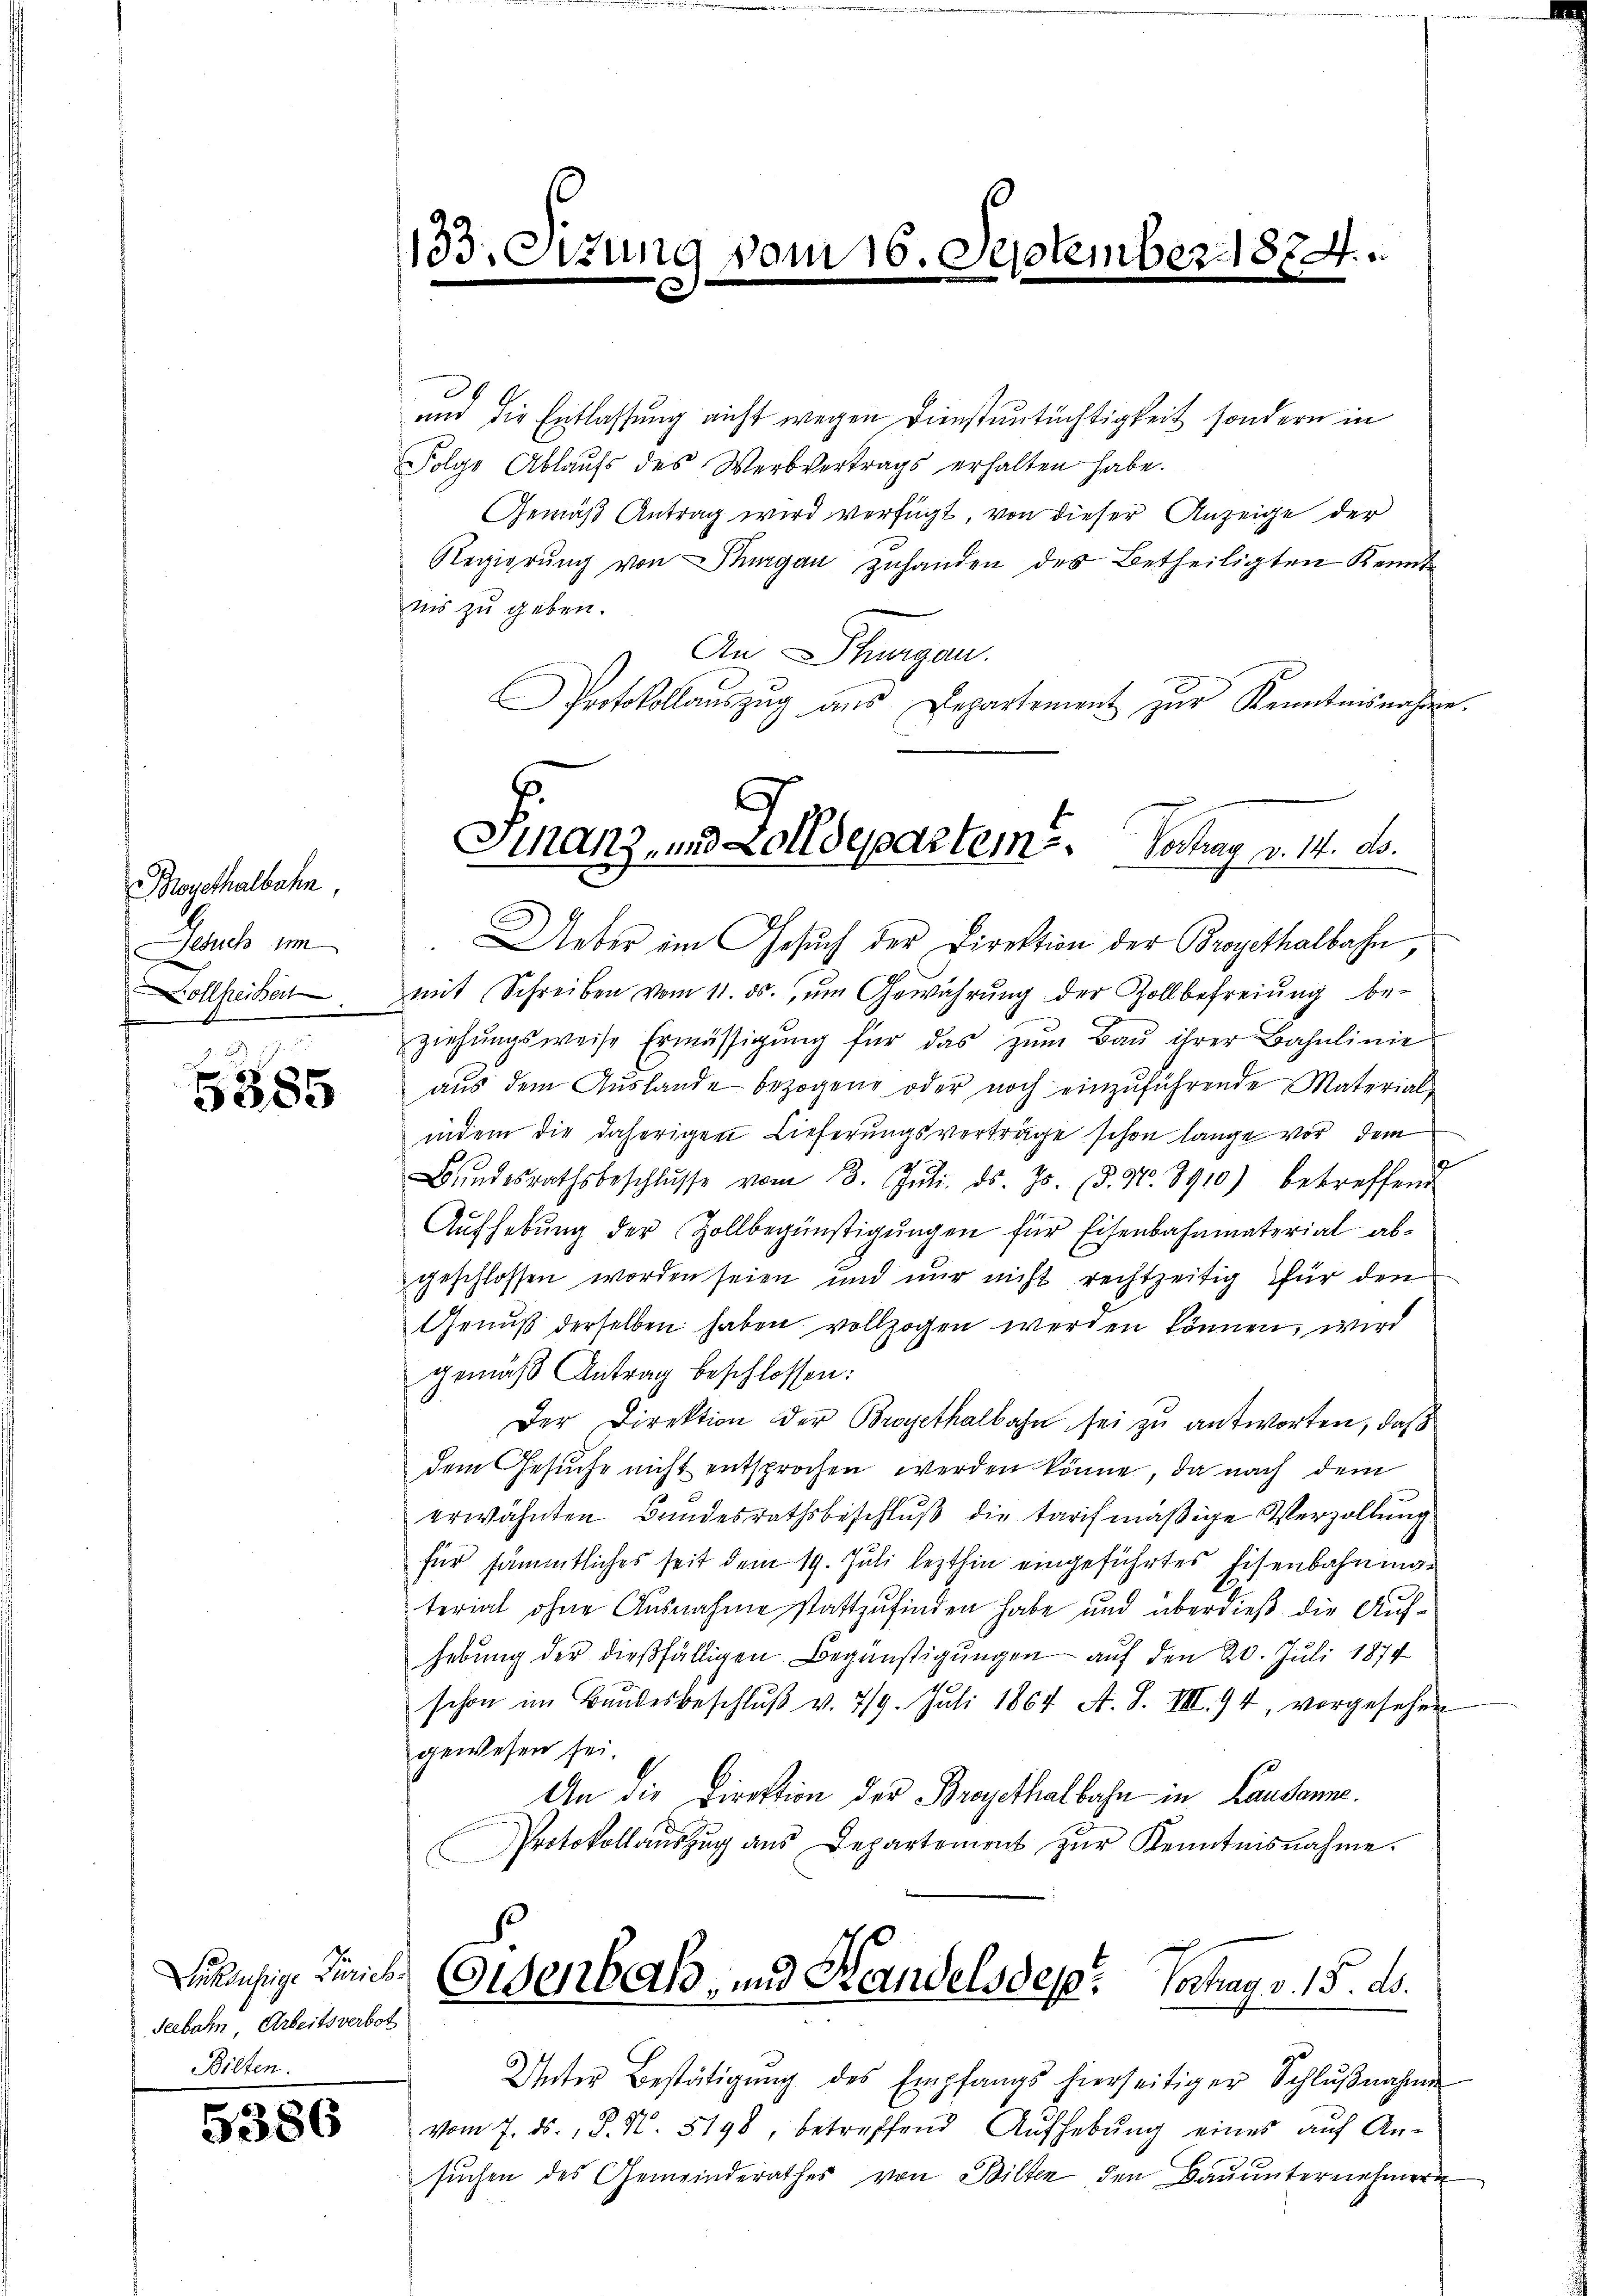
Mogethalbahn,
Jesuch um
ollheitert

5285

Ankäufige Zürich.
Seebahn, Arbeitsverbot
Bilten.

5386

133.Otzung vom 16. September 1874.

.
und die Entlassung nicht wegen Dienstuntüchtigkeit sondern in
Folge Ablaufs des Werbvertrags erhalten habe.
Gemäß Antrag wird verfügt, von dieser Anzeige der
Regierŭng von Thurgau zuhanden des Betheiligten Kennt
nis zu geben.
An Thurgau.
Protokollaŭszŭg aŭs Departement zŭr Kenntnisnahme.
Ueber im Gesuch der Direktion der Brogethalbahn,
mit Schreiben vom 11. ds., um Gewährung der Zollbefreiung be-
ziehŭngsweise Ermässigŭng für das zŭm Baŭ ihrer Bahnlinie
aŭs dem Aŭslande bezogene oder noch einzuführende Materials
indem die daherigen Lieferungsverträge schon lange vor, dem
Bŭndesrathsbeschlŭsse vom 3. Jŭli. ds. Js. (§. Nr. 3910) betreffend
Aufhebung der Zollbegünstigungen für Eisenbahnmaterial abgeschlossen worden seien und nur nicht rechtzeitig für den
Genuß derselben haben vollzogen werden können, wird
gemäß Antrag beschlossen:
Der Direktion der Brogethalbahn sei zu antworten, daß
dem Gesuche nicht entsprochen werden könne, da nach dem
erwähnten Brindesrathsbeschlŭβ die tarifmäßige Verzöllung
für sämmtliches seit dem 19. Juli lezthin eingeführtes Eisenbahningterial ohne Ausnahme stattzufinden habe und überdieß die Aufhebung der dießfälligen Begünstigungen auf den 20. Juli 1874
schon im Bundesbeschluß v. 719. Juli 1864 A. S. VIII. 94, vorgesehen
gewesen sei
An die Direktion der Bregethalbahn in Lausanne.
Protokollauszug aus Departement zŭr Kenntnisnahme.
C
Eisenbahn- und Handelsdep. Hochrag v. 15. ds.
Unter Bestätigŭng des Empfangs hierseitiger Schlŭβnahmen
vom 7. ds., P. N. 5198, betreffend Aufhebung eines auf Ansuchen des Gemeinderathes von Bilten den Bauunternehmern

.
Itanz, und Zolldepartem Vortrag v. 14. ds.